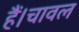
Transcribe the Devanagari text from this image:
हैं।चावल